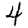
Digit: 4